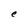
Character: e